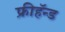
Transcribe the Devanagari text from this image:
फ्रीहॅन्ड